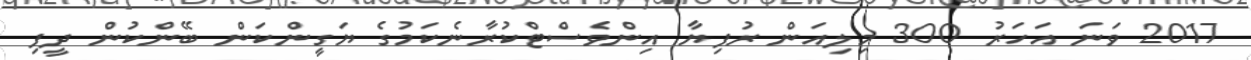
2017 ވަނަ އަހަރު 300 މިލިއަން ރުފިޔާ އިންވެސްޓްކުރާނެކަމުގެ ޔަގީންކަން ބޭންކުން ދީފި